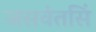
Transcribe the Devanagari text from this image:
जसवंतसिं